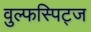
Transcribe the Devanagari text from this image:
वुल्फस्पिट्ज